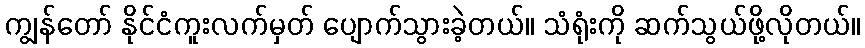
ကျွန်တော် နိုင်ငံကူးလက်မှတ် ပျောက်သွားခဲ့တယ်။ သံရုံးကို ဆက်သွယ်ဖို့လိုတယ်။